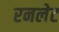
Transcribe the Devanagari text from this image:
रनलेट